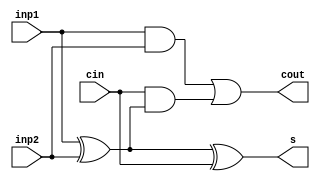
`timescale 1ns/1ns

module full_adder_1(
	inp1, inp2, cin, s, cout
);
	
initial begin
	#1 $display("delay");
	#1 $display("occurs");
end
	input inp1, inp2, cin;
	output s, cout;
	wire w1, w2, w3, w4, w5;

	assign w1 = inp1^inp2;
	assign w2 = w1^cin;
	assign w3 = cin&w1;
	assign w4 = inp1&inp2;
	assign w5 = w4|w3;

	assign s = w2;
	assign cout = w5;

endmodule